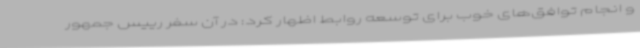
و انجام توافق‌های خوب برای توسعه روابط اظهار کرد: در آن سفر رییس جمهور